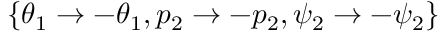
\{ \theta _ { 1 } \rightarrow - \theta _ { 1 } , p _ { 2 } \rightarrow - p _ { 2 } , \psi _ { 2 } \rightarrow - \psi _ { 2 } \}